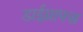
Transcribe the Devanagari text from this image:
डाईग्राफ्स